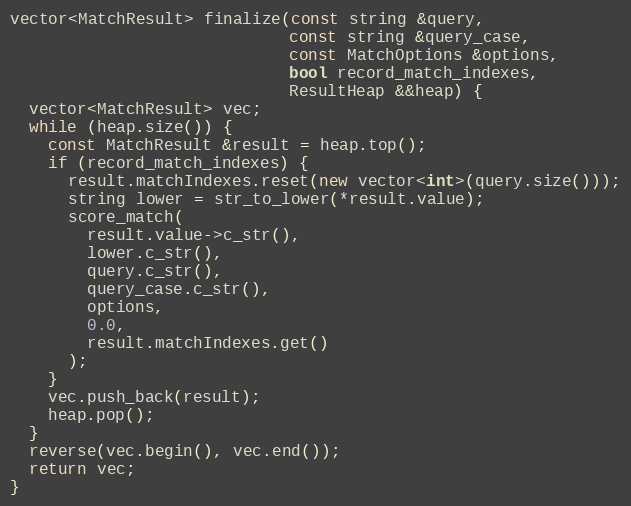
Language: C++
vector<MatchResult> finalize(const string &query,
                             const string &query_case,
                             const MatchOptions &options,
                             bool record_match_indexes,
                             ResultHeap &&heap) {
  vector<MatchResult> vec;
  while (heap.size()) {
    const MatchResult &result = heap.top();
    if (record_match_indexes) {
      result.matchIndexes.reset(new vector<int>(query.size()));
      string lower = str_to_lower(*result.value);
      score_match(
        result.value->c_str(),
        lower.c_str(),
        query.c_str(),
        query_case.c_str(),
        options,
        0.0,
        result.matchIndexes.get()
      );
    }
    vec.push_back(result);
    heap.pop();
  }
  reverse(vec.begin(), vec.end());
  return vec;
}